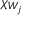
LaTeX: \chi _ { W _ { j } }